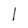
Character: l